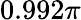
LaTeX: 0.992\pi